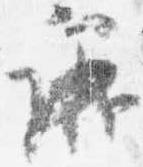
議